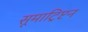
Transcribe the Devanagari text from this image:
सूमाट्रिप्टन